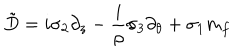
\tilde { D } = i \sigma _ { 2 } \partial _ { z } - \frac { i } { \rho } \sigma _ { 3 } \partial _ { \theta } + \sigma _ { 1 } m _ { f }